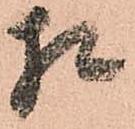
相